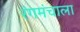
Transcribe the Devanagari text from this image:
रंगमंचाला